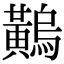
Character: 𪏝